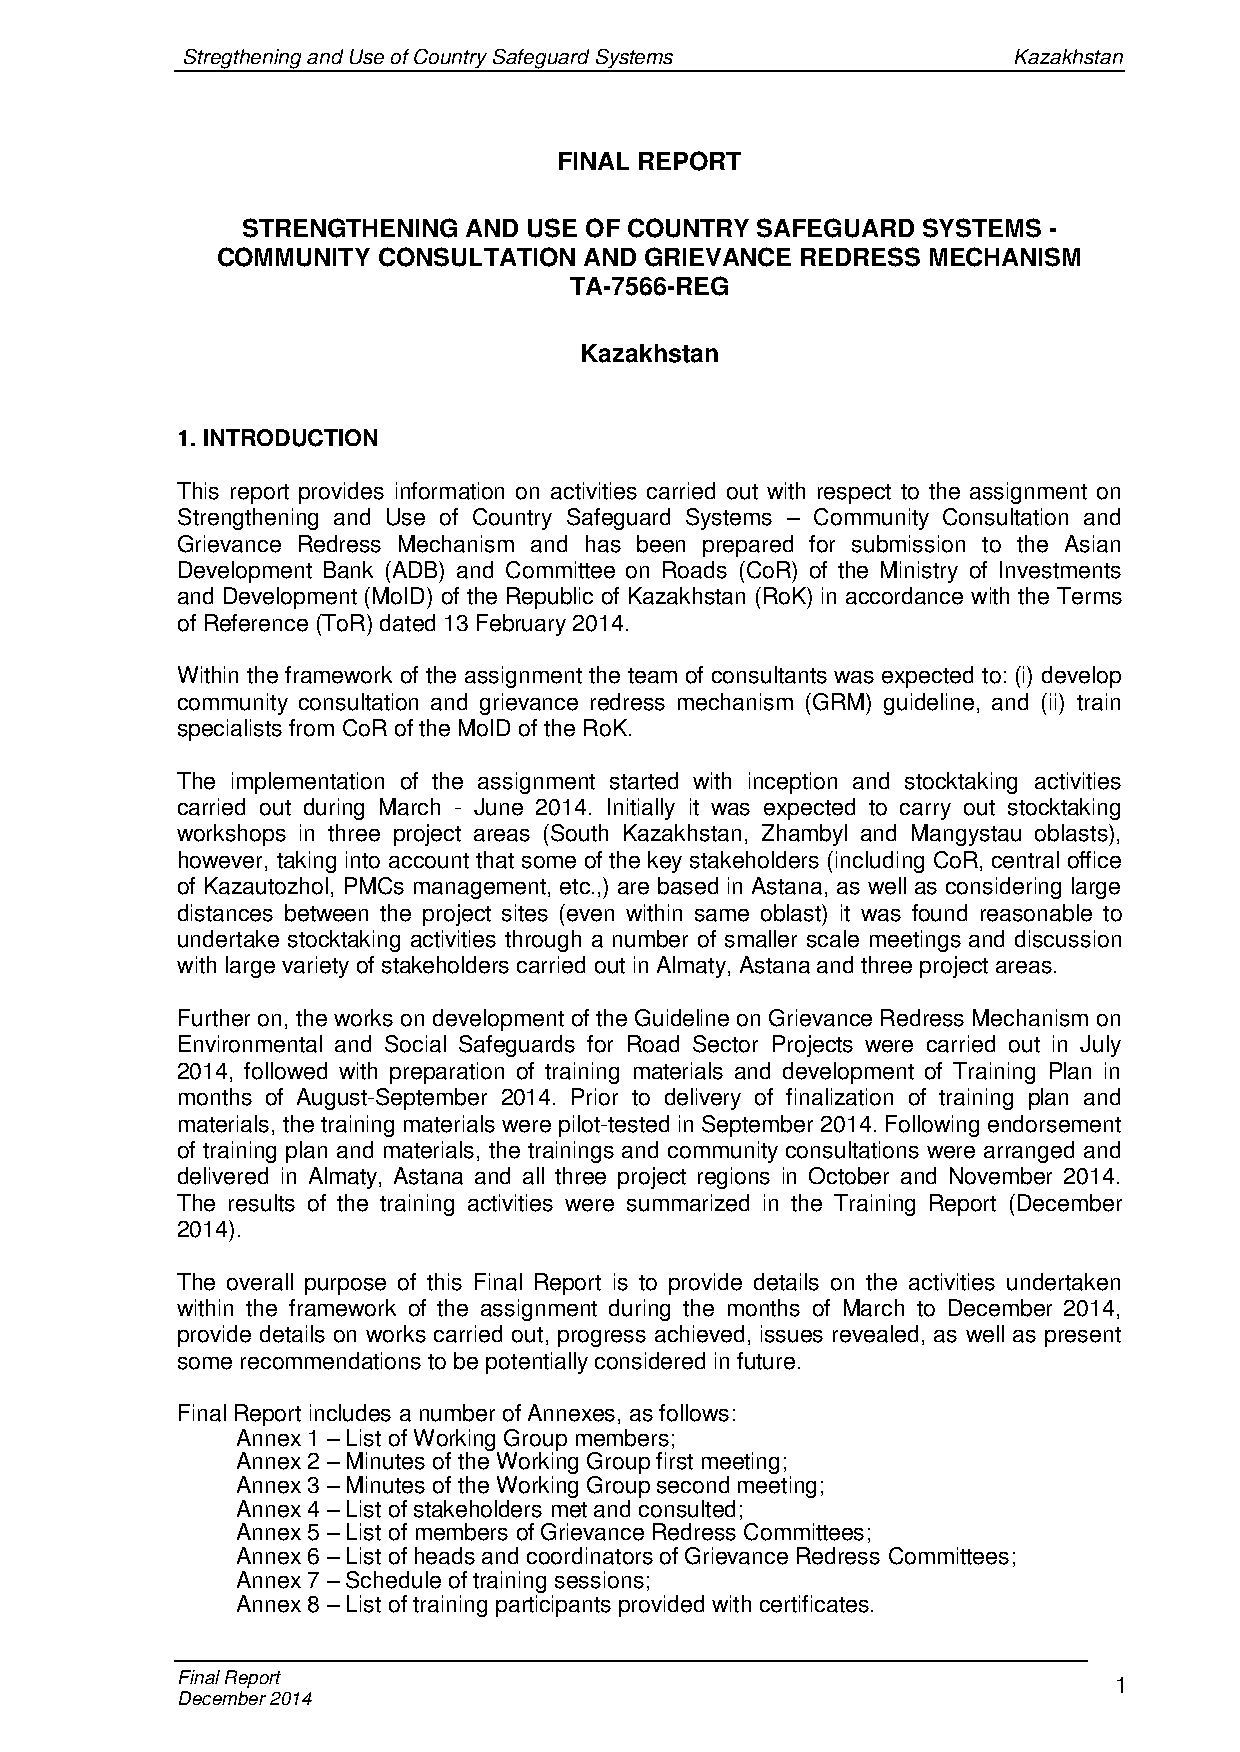
Stregthening and Use of Country Safeguard Systems      Kazakhstan
 FINAL REPORT
 STRENGTHENING  AND USE OF COUNTRY SAFEGUARD  SYSTEMS -
 COMMUNITY  CONSULTATION  AND GRIEVANCE REDRESS MECHANISM
 TA-7566-REG
 Kazakhstan
 1. INTRODUCTION
 This report provides information on activities carried out with respect to the assignment on
 Strengthening and Use of Country Safeguard Systems – Community Consultation and
 Grievance Redress Mechanism and has been prepared for submission to the Asian
 Development Bank (ADB) and Committee on Roads (CoR) of the Ministry of Investments
 and Development (MoID) of the Republic of Kazakhstan (RoK) in accordance with the Terms
 of Reference (ToR) dated 13 February 2014.
 Within the framework of the assignment the team of consultants was expected to: (i) develop
 community consultation and grievance redress mechanism (GRM) guideline, and (ii) train
 specialists from CoR of the MoID of the RoK.
 The implementation of the assignment started with inception and stocktaking activities
 carried out during March - June 2014. Initially it was expected to carry out stocktaking
 workshops in three project areas (South Kazakhstan, Zhambyl and Mangystau oblasts),
 however, taking into account that some of the key stakeholders (including CoR, central office
 of Kazautozhol, PMCs management, etc.,) are based in Astana, as well as considering large
 distances between the project sites (even within same oblast) it was found reasonable to
 undertake stocktaking activities through a number of smaller scale meetings and discussion
 with large variety of stakeholders carried out in Almaty, Astana and three project areas.
 Further on, the works on development of the Guideline on Grievance Redress Mechanism on
 Environmental and Social Safeguards for Road Sector Projects were carried out in July
 2014, followed with preparation of training materials and development of Training Plan in
 months of August-September 2014. Prior to delivery of finalization of training plan and
 materials, the training materials were pilot-tested in September 2014. Following endorsement
 of training plan and materials, the trainings and community consultations were arranged and
 delivered in Almaty, Astana and all three project regions in October and November 2014.
 The results of the training activities were summarized in the Training Report (December
 2014).
 The overall purpose of this Final Report is to provide details on the activities undertaken
 within the framework of the assignment during the months of March to December 2014,
 provide details on works carried out, progress achieved, issues revealed, as well as present
 some recommendations to be potentially considered in future.
 Final Report includes a number of Annexes, as follows:
 Annex 1 – List of Working Group members;
 Annex 2 – Minutes of the Working Group first meeting;
 Annex 3 – Minutes of the Working Group second meeting;
 Annex 4 – List of stakeholders met and consulted;
 Annex 5 – List of members of Grievance Redress Committees;
 Annex 6 – List of heads and coordinators of Grievance Redress Committees;
 Annex 7 – Schedule of training sessions;
 Annex 8 – List of training participants provided with certificates.
 Final Report                                                  1
 December 2014